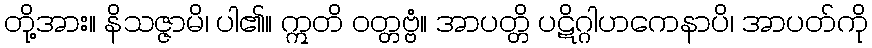
တို့အား။ နိသဇ္ဇာမိ၊ ပါ၏။ ဣတိ ဝတ္တဗ္ဗံ။ အာပတ္တိ ပဋိဂ္ဂါဟကေနာပိ၊ အာပတ်ကို